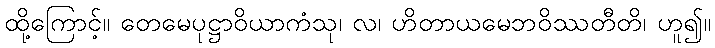
ထို့ကြောင့်။ တေမေပုဋ္ဌာဝိယာကံသု၊ လ၊ ဟိတာယမေဘဝိဿတီတိ၊ ဟူ၍။